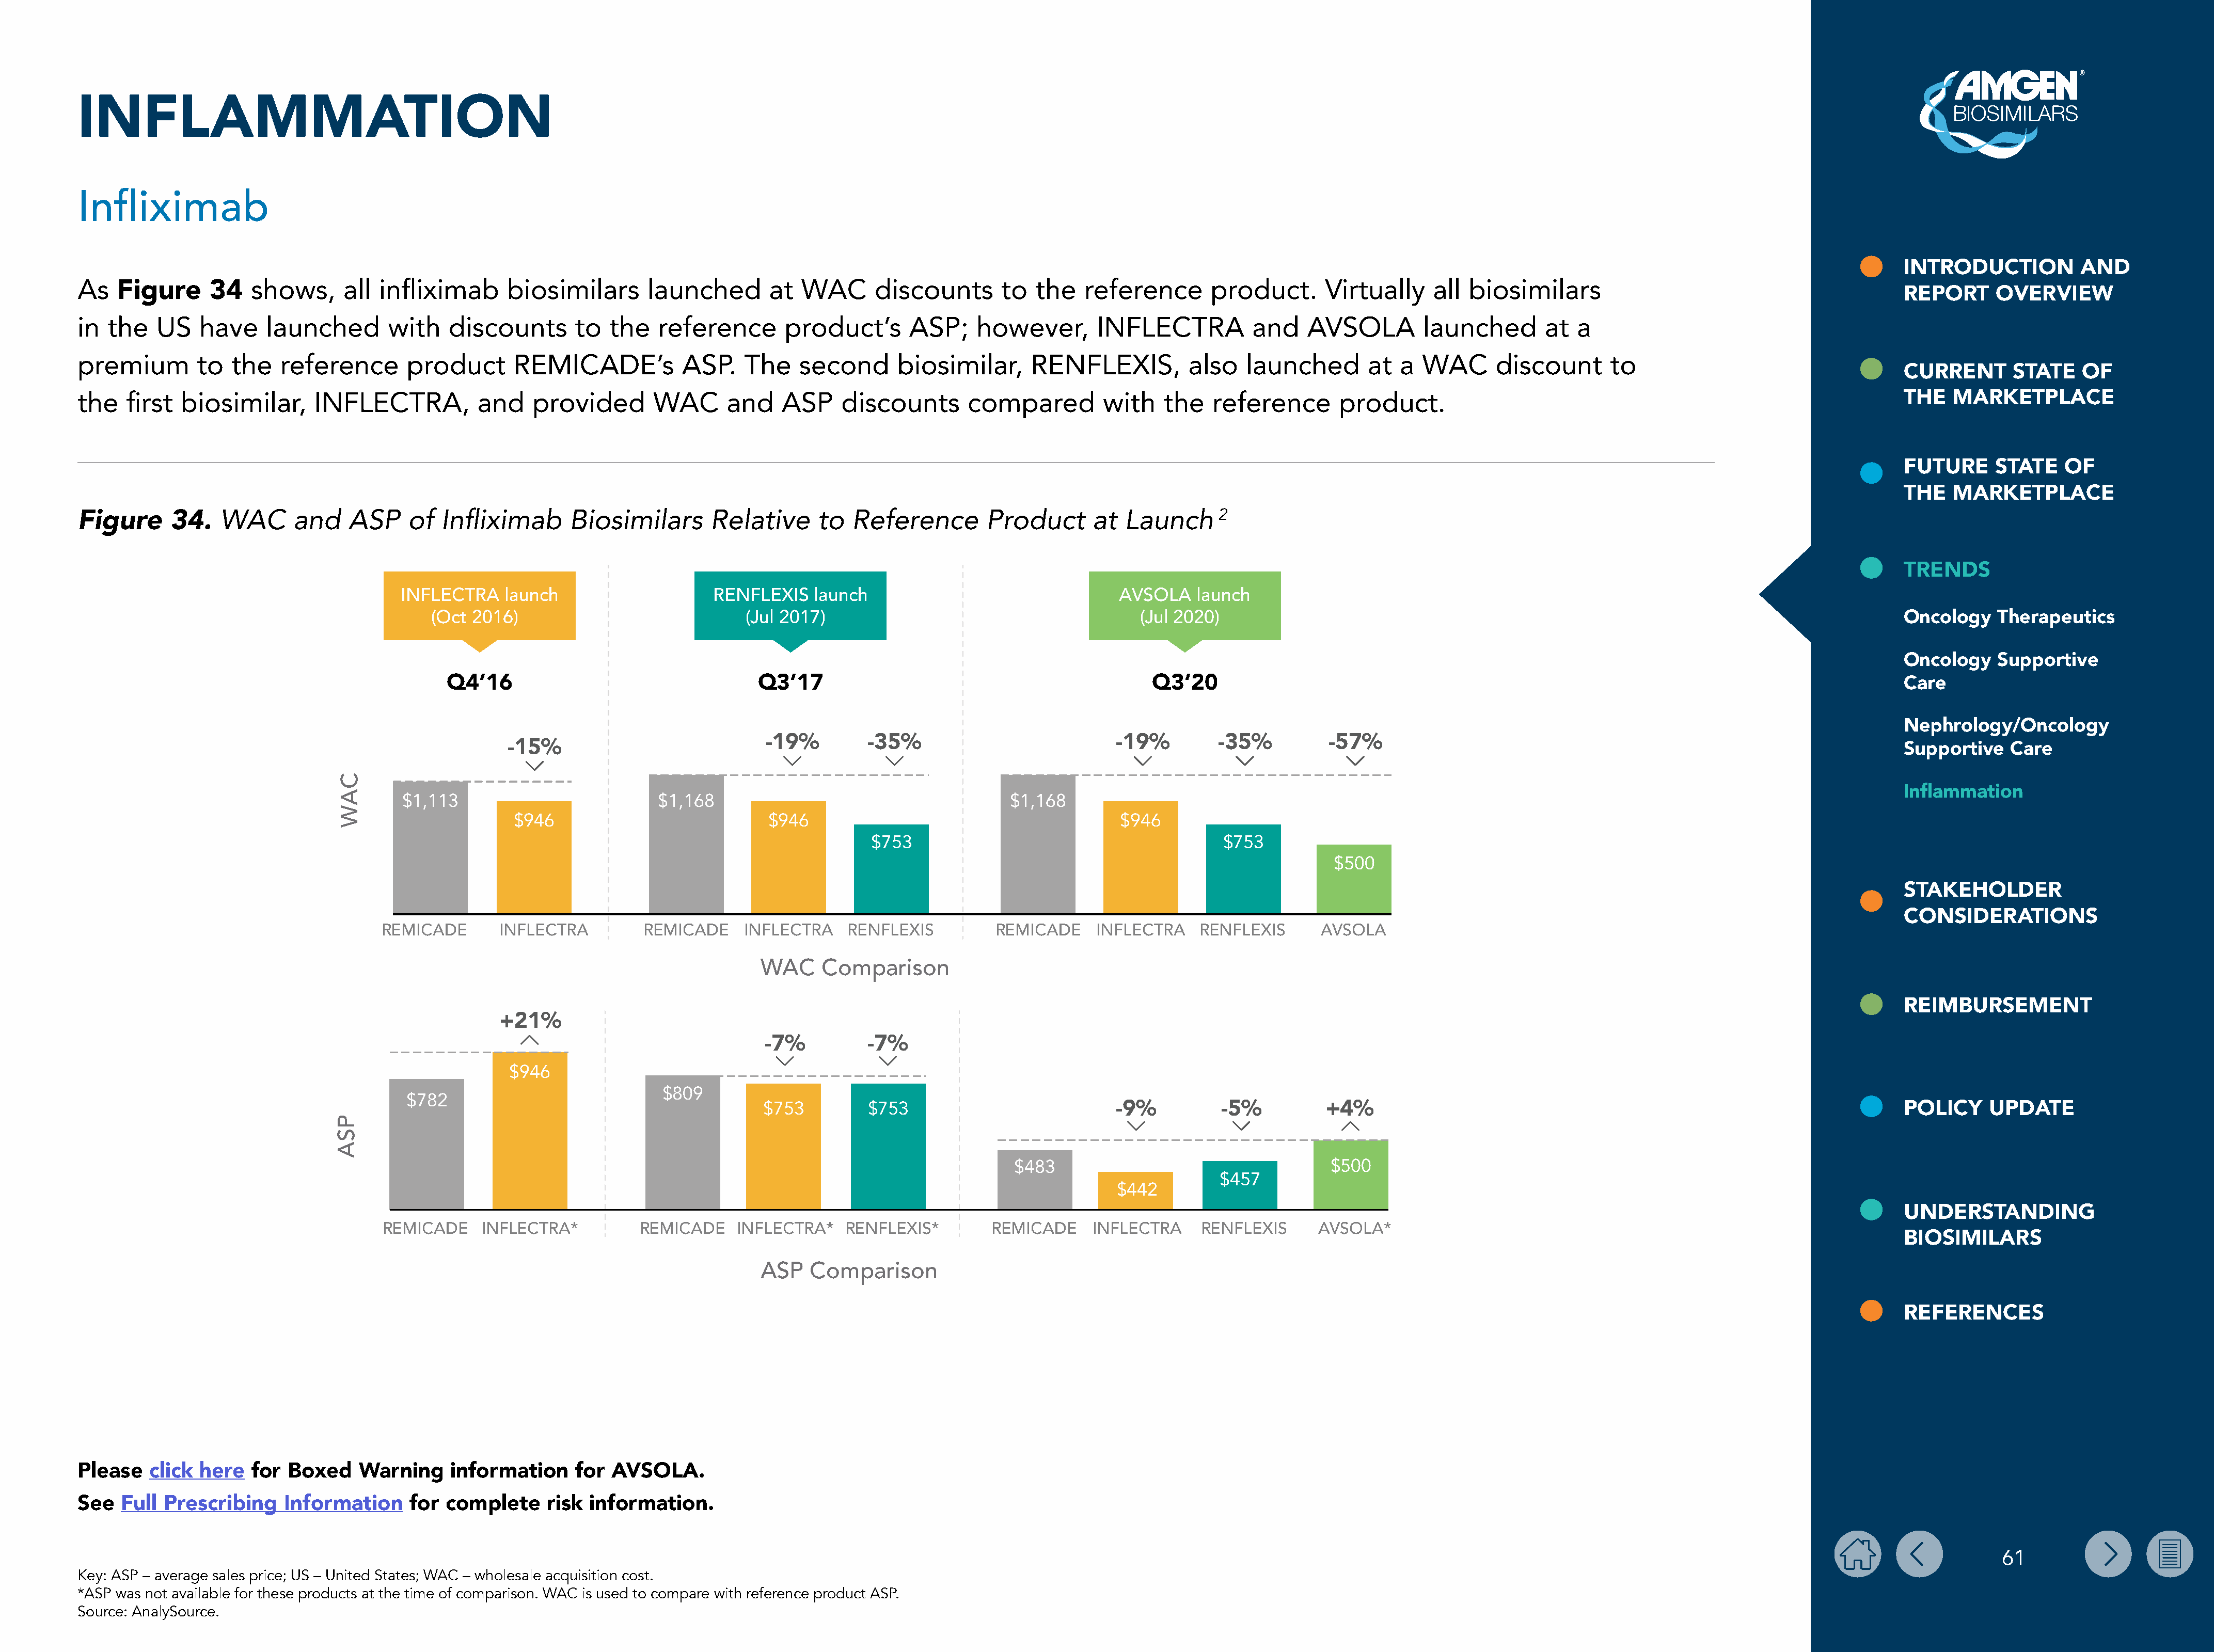
INFLAMMATION
 Infliximab
 INTRODUCTION           AND
 As   Figure      34   shows,      all  infliximab      biosimilars       launched        at  WAC      discounts       to   the   reference       product.       Virtually     all biosimilars
 REPORT      OVERVIEW
 in  the   US    have    launched        with    discounts       to  the   reference        product’s       ASP;    however,        INFLECTRA           and    AVSOLA        launched        at  a
 premium        to   the   reference       product       REMICADE’s           ASP.    The    second       biosimilar,      RENFLEXIS,          also    launched       at  a  WAC       discount      to
 CURRENT       STATE    OF
 the   first  biosimilar,      INFLECTRA,           and    provided        WAC      and    ASP     discounts       compared         with    the   reference        product.                                                                THE   MARKETPLACE
 FUTURE      STATE    OF
 THE   MARKETPLACE
 WAC       and    ASP    of   Infliximab      Biosimilars       Relative      to  Reference        Product       at  Launch      2
 Figure      34.
 TRENDS
 INFLECTRA     launch                    RENFLEXIS    launch                                 AVSOLA    launch
 (Oct  2016)                              (Jul 2017)                                        (Jul 2020)                                                                                        Oncology    Therapeutics
 Oncology    Supportive
 Q4’16                                   Q3’17                                              Q3’20
 Care
 Nephrology/Oncology
 -19%         -35%                            -19%         -35%          -57%
 -15%
 Supportive    Care
 Inflammation
 $1,113                          $1,168                                       $1,168
 $946                            $946                                          $946
 $753                                         $753
 $500
 STAKEHOLDER
 CONSIDERATIONS
 REMICADE       INFLECTRA         REMICADE     INFLECTRA     RENFLEXIS          REMICADE     INFLECTRA    RENFLEXIS      AVSOLA
 WAC    Comparison
 REIMBURSEMENT
 +21%
 -7%          -7%
 $946
 $809
 $782
 $753         $753                            -9%           -5%          +4%                                                                       POLICY     UPDATE
 $483                                     $500
 $457
 $442
 UNDERSTANDING
 REMICADE     INFLECTRA*          REMICADE    INFLECTRA*    RENFLEXIS*         REMICADE     INFLECTRA     RENFLEXIS      AVSOLA*
 BIOSIMILARS
 ASP   Comparison
 REFERENCES
 Please   click  here  for  Boxed    Warning     information     for AVSOLA.
 See  Full  Prescribing    Information     for  complete     risk  information.
 61
 Key: ASP – average sales price; US – United States; WAC – wholesale acquisition cost.
 *ASP was not available for these products at the time of comparison. WAC is used to compare with reference product ASP.
 Source: AnalySource.
 PSA
 CAW